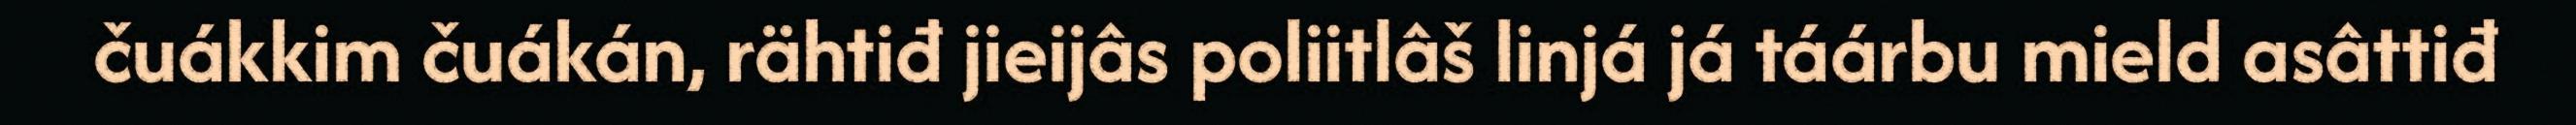
čuákkim čuákán, rähtiđ jieijâs poliitlâš linjá já táárbu mield asâttiđ